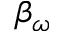
\beta _ { \omega }